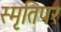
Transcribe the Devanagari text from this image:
स्मृतिपर